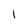
Character: l